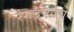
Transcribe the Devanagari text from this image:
रंगद्रव्यांचे